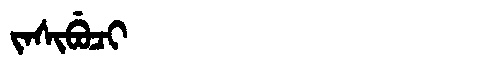
Manchu: ᠵᠠᠰᡳᠪᡠᠴᡳ
Romanization: JASIBUCI